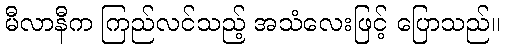
မီလာနီက ကြည်လင်သည့် အသံလေးဖြင့် ပြောသည်။